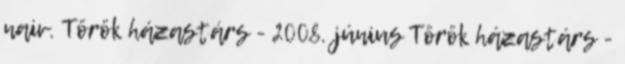
naiv. Török házastárs - 2008. június Török házastárs -